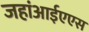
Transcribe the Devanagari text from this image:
जहांआईएएस